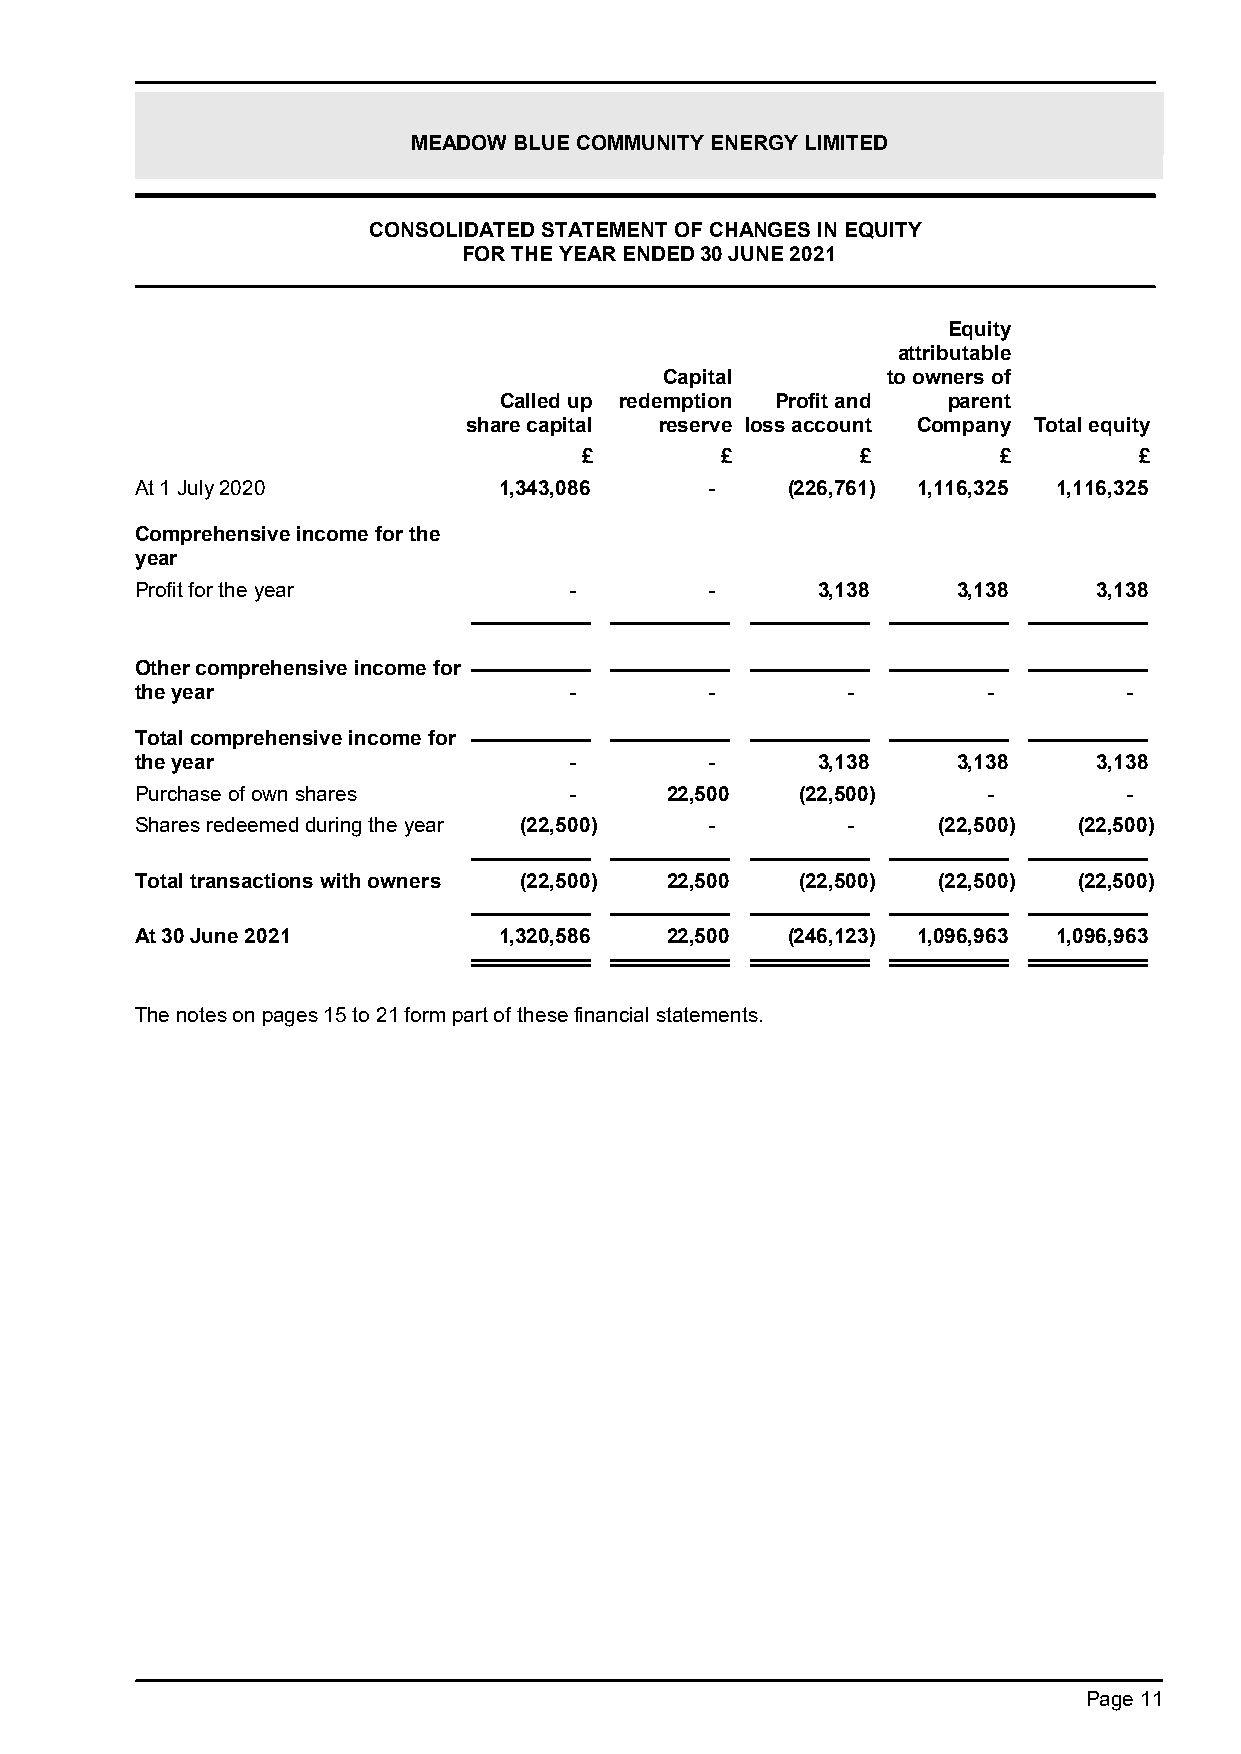
MEADOW BLUE COMMUNITY ENERGY LIMITED
 CONSOLIDATED STATEMENT OF CHANGES IN EQUITY
 FOR THE YEAR ENDED 30 JUNE 2021
 Equity
 attributable
 Capital        to owners of
 Called up redemption Profit and parent
 share capital reserve loss account Company Total equity
 £         £        £        £        £
 At 1 July 2020          1,343,086     -    (226,761) 1,116,325 1,116,325
 Comprehensive income for the
 year
 Profit for the year          -        -      3,138    3,138     3,138
 Other comprehensive income for
 the year                     -        -        -        -        -
 Total comprehensive income for
 the year                     -        -      3,138    3,138     3,138
 Purchase of own shares       -     22,500   (22,500)    -        -
 Shares redeemed during the year (22,500) -     -     (22,500) (22,500)
 Total transactions with owners (22,500) 22,500 (22,500) (22,500) (22,500)
 At 30 June 2021         1,320,586  22,500  (246,123) 1,096,963 1,096,963
 The notes on pages 15 to 21 form part of these financial statements.
 Page 11